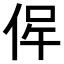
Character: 𠉖